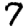
Digit: 7